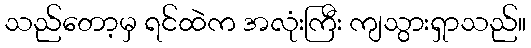
သည်တော့မှ ရင်ထဲက အလုံးကြီး ကျသွားရှာသည်။